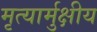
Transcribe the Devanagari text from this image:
मृत्यार्मुक्षीय